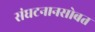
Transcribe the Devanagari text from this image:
संघटनानसोबत